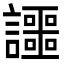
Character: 讍